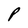
Character: P